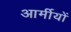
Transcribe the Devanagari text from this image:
आर्मीयों